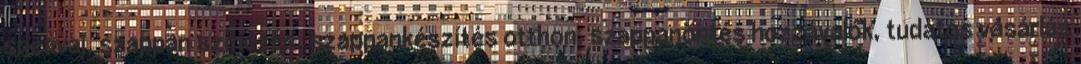
sheavaj, szappan színezés, szappankészítés otthon, szappanöntés hozzávalók, tudatos vásárlás